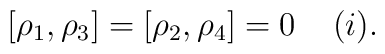
[\rho_1,\rho_3]=[\rho_2,\rho_4]=0\;\;\;\;(i).